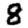
Digit: 8